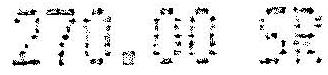
270.00 SR